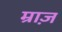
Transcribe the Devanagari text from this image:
म्राज़